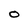
Character: O